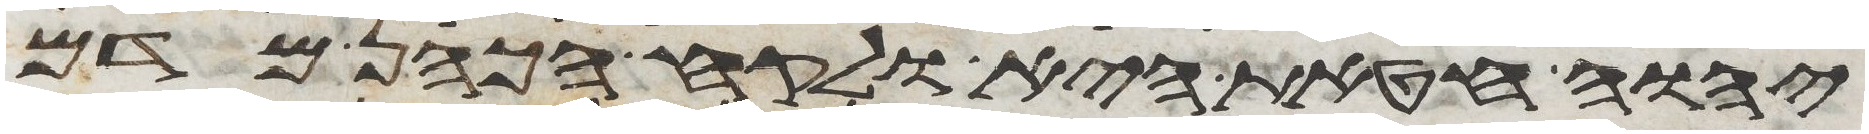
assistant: יהוה חטאת היא ולקח הכהן מדם